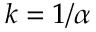
k = 1 / \alpha